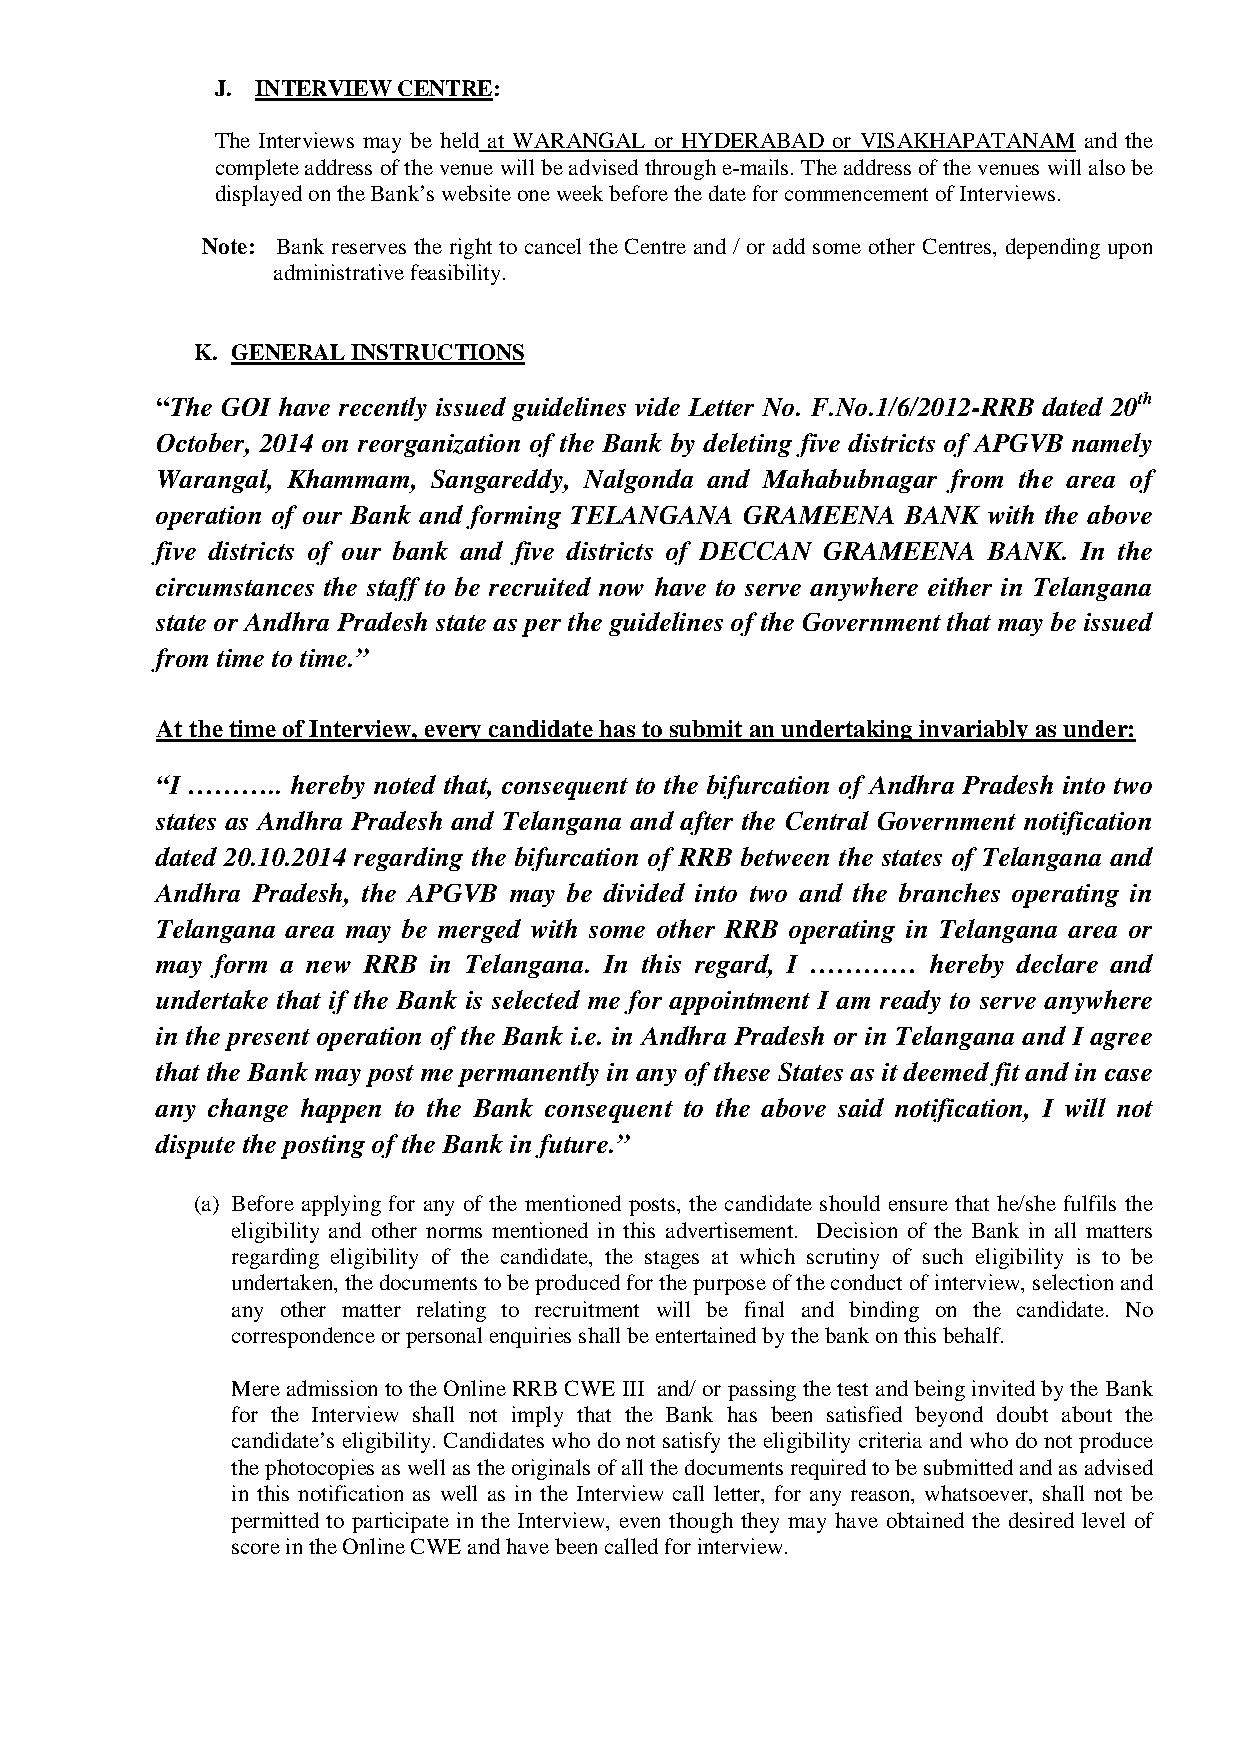
J. INTERVIEW CENTRE:
 The Interviews may be held at WARANGAL or HYDERABAD or VISAKHAPATANAM and the
 complete address of the venue will be advised through e-mails. The address of the venues will also be
 displayed on the Bank’s website one week before the date for commencement of Interviews.
 Note: Bank reserves the right to cancel the Centre and / or add some other Centres, depending upon
 administrative feasibility.
 K. GENERAL INSTRUCTIONS
 “The GOI have recently issued guidelines vide Letter No. F.No.1/6/2012-RRB dated 20th
 October, 2014 on reorganization of the Bank by deleting five districts of APGVB namely
 Warangal, Khammam, Sangareddy, Nalgonda and Mahabubnagar from the area of
 operation of our Bank and forming TELANGANA GRAMEENA BANK with the above
 five districts of our bank and five districts of DECCAN GRAMEENA BANK. In the
 circumstances the staff to be recruited now have to serve anywhere either in Telangana
 state or Andhra Pradesh state as per the guidelines of the Government that may be issued
 from time to time.”
 At the time of Interview, every candidate has to submit an undertaking invariably as under:
 “I ……….. hereby noted that, consequent to the bifurcation of Andhra Pradesh into two
 states as Andhra Pradesh and Telangana and after the Central Government notification
 dated 20.10.2014 regarding the bifurcation of RRB between the states of Telangana and
 Andhra Pradesh, the APGVB may be divided into two and the branches operating in
 Telangana area may be merged with some other RRB operating in Telangana area or
 may form a new RRB in Telangana. In this regard, I ………… hereby declare and
 undertake that if the Bank is selected me for appointment I am ready to serve anywhere
 in the present operation of the Bank i.e. in Andhra Pradesh or in Telangana and I agree
 that the Bank may post me permanently in any of these States as it deemed fit and in case
 any change happen to the Bank consequent to the above said notification, I will not
 dispute the posting of the Bank in future.”
 (a) Before applying for any of the mentioned posts, the candidate should ensure that he/she fulfils the
 eligibility and other norms mentioned in this advertisement. Decision of the Bank in all matters
 regarding eligibility of the candidate, the stages at which scrutiny of such eligibility is to be
 undertaken, the documents to be produced for the purpose of the conduct of interview, selection and
 any other matter relating to recruitment will be final and binding on the candidate. No
 correspondence or personal enquiries shall be entertained by the bank on this behalf.
 Mere admission to the Online RRB CWE III and/ or passing the test and being invited by the Bank
 for the Interview shall not imply that the Bank has been satisfied beyond doubt about the
 candidate’s eligibility. Candidates who do not satisfy the eligibility criteria and who do not produce
 the photocopies as well as the originals of all the documents required to be submitted and as advised
 in this notification as well as in the Interview call letter, for any reason, whatsoever, shall not be
 permitted to participate in the Interview, even though they may have obtained the desired level of
 score in the Online CWE and have been called for interview.